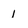
Character: i